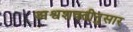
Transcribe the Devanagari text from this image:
अश्वशक्तीनुसार